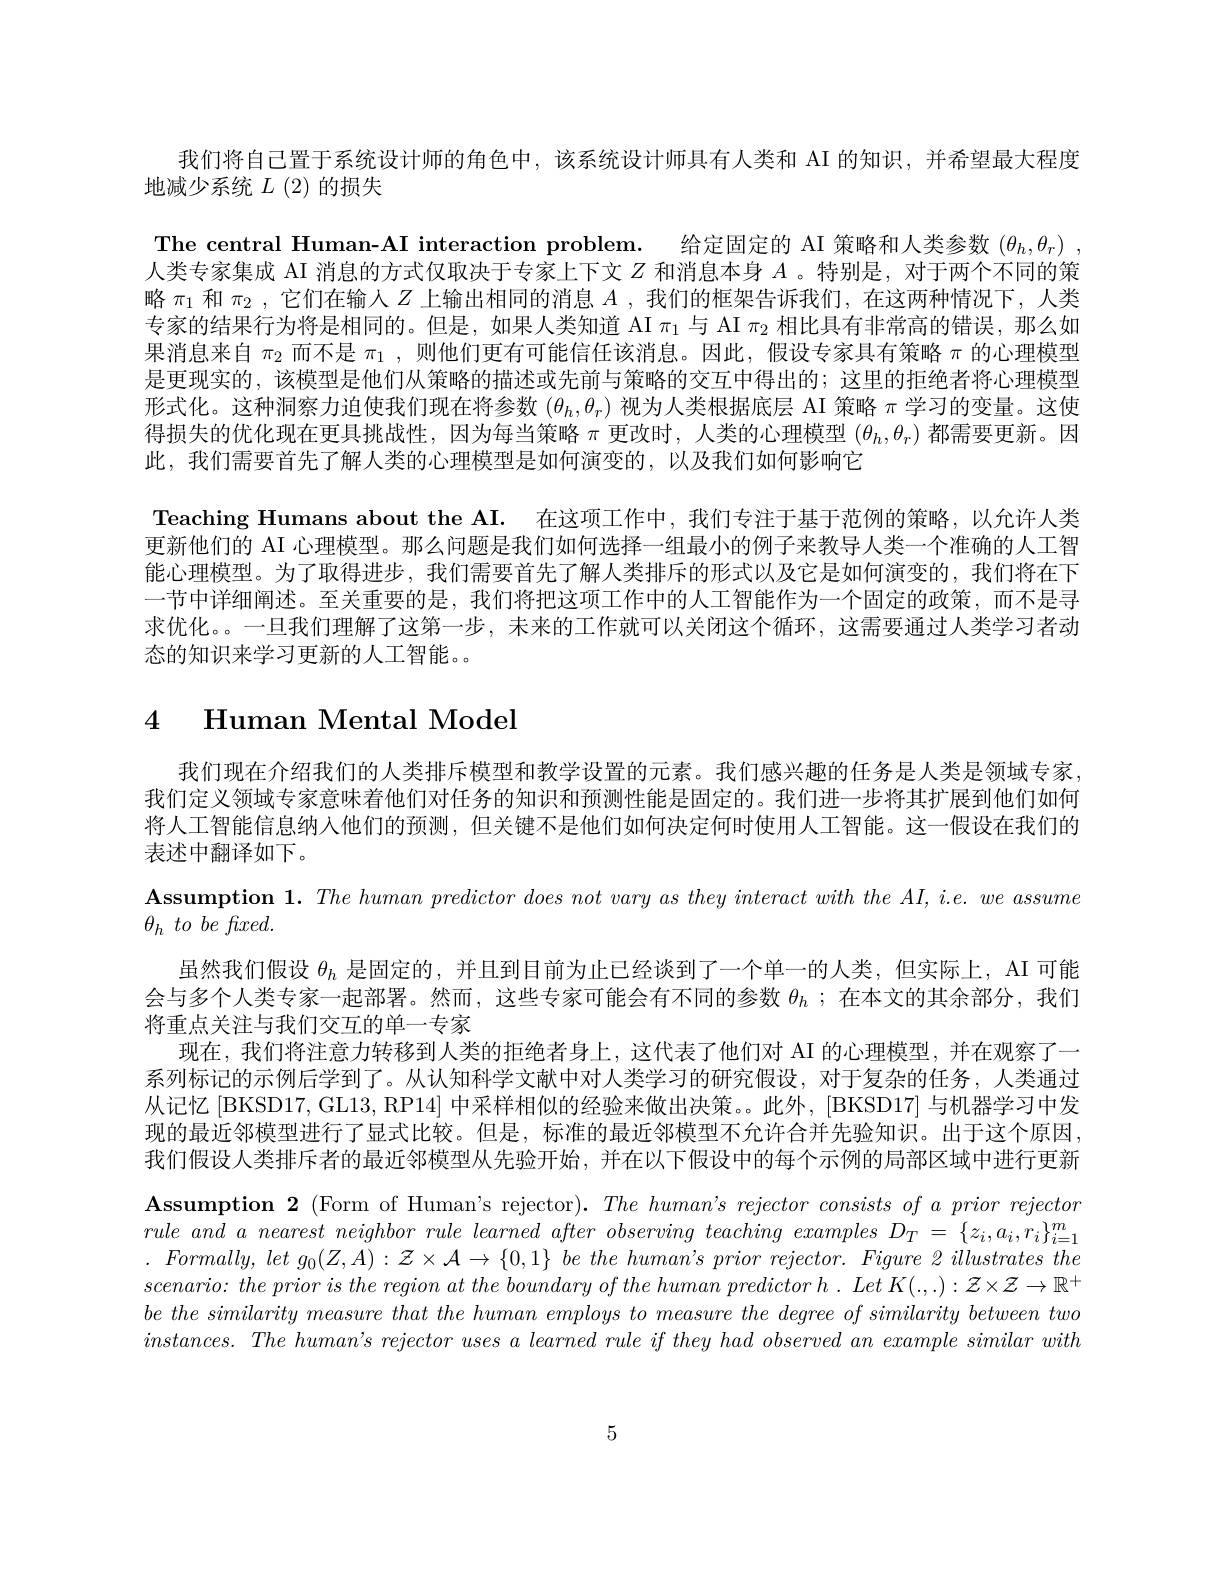
我们将自己置于系统设计师的角色中，该系统设计师具有人类和 AI 的知识，并希望最大程度
地减少系统$L(2)$的损失
The central Human-AI interaction problem. 给定固定的 AI 策略和人类参数$(\theta_h,\theta_r)$ , 人类专家集成 AI 消息的方式仅取决于专家上下文$Z$和消息本身$A$ 。特别是，对于两个不同的策略$\pi_1$和$\pi_2$,它们在输入$Z$上输出相同的消息$A$ ,我们的框架告诉我们，在这两种情况下，人类专家的结果行为将是相同的。但是，如果人类知道 AI $\pi_1$与 AI $\pi_2$相比具有非常高的错误，那么如果消息来自$\pi_2$而不是$\pi_1$,则他们更有可能信任该消息。因此，假设专家具有策略$\pi$的心理模型是更现实的，该模型是他们从策略的描述或先前与策略的交互中得出的；这里的拒绝者将心理模型形式化。这种洞察力迫使我们现在将参数$(\theta_h,\theta_r)$视为人类根据底层 AI 策略$\pi$学习的变量。这使得损失的优化现在更具挑战性，因为每当策略$\pi$更改时，人类的心理模型$(\theta_h,\theta_r)$都需要更新。因此，我们需要首先了解人类的心理模型是如何演变的，以及我们如何影响它
Teaching Humans about the AI. 在这项工作中，我们专注于基于范例的策略，以允许人类更新他们的 AI 心理模型。那么问题是我们如何选择一组最小的例子来教导人类一个准确的人工智能心理模型。为了取得进步，我们需要首先了解人类排斥的形式以及它是如何演变的，我们将在下一节中详细阐述。至关重要的是，我们将把这项工作中的人工智能作为一个固定的政策，而不是寻求优化。。一旦我们理解了这第一步，未来的工作就可以关闭这个循环，这需要通过人类学习者动态的知识来学习更新的人工智能。。

# 4 Human Mental Model

我们现在介绍我们的人类排斥模型和教学设置的元素。我们感兴趣的任务是人类是领域专家， 我们定义领域专家意味着他们对任务的知识和预测性能是固定的。我们进一步将其扩展到他们如何将人工智能信息纳入他们的预测，但关键不是他们如何决定何时使用人工智能。这一假设在我们的表述中翻译如下。
$\textbf{Assumption 1. The human predictor does not vary as they interact with the AI, i. e. we assume}$
$\theta _{h}$ $to$ $be$ $fixed.$
虽然我们假设$\theta_h$是固定的，并且到目前为止已经谈到了一个单一的人类，但实际上，AI 可能会与多个人类专家一起部署。然而，这些专家可能会有不同的参数$\theta_h$ ;在本文的其余部分，我们将重点关注与我们交互的单一专家
现在，我们将注意力转移到人类的拒绝者身上，这代表了他们对 AI 的心理模型，并在观察了一系列标记的示例后学到了。从认知科学文献中对人类学习的研究假设，对于复杂的任务，人类通过从记忆 [BKSD17, GL13, RP14] 中采样相似的经验来做出决策。此外，[BKSD17] 与机器学习中发现的最近邻模型进行了显式比较。但是，标准的最近邻模型不允许合并先验知识。出于这个原因我们假设人类排斥者的最近邻模型从先验开始，并在以下假设中的每个示例的局部区域中进行更新Assumption 2 (Form of Human's rejector). The human's rejector consists of $a$ prior rejector rule and $a$ nearest neighbor rule learned after observing teaching examples $D_T$ = $\{ z_i, a_i, r_i\} _{i= 1}^m$ $. Formally, letg_{0}( Z, A) : \mathcal{Z} \times \mathcal{A} \to \{ 0, 1\} \textit{ be the human' s prior rejector. Figure }\mathcal{Z}$ illustrates the $scenario: the$ prior $is$ the region $at$ the boundary $of$ the human predictor $h$ . Let $K($ $. , . ) : \mathcal{Z} \times \mathcal{Z} \rightarrow \mathbb{R} ^{+ }$ $be\textit{ the similarity measure that the human employs to measure the degree of similarity between twothe the similarity between twoothe the similarity measure that the human employs to measure the degree of similarity between twoothe the the the the human }$ $instances.The~human's~rejector~uses~a~learned~rule~if~they~had~observed~an~example~similar~with$

5